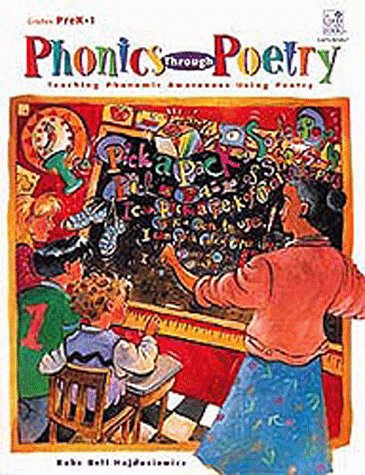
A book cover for Phonics Through Poetry: Teaching Phonemic Awareness Using Poetry, PreK-1; Babs Bell Hajdusiewicz; Reference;